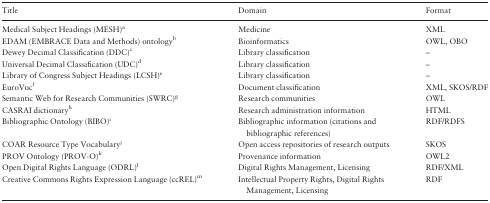
<table><thead><tr><td><b>Title</b></td><td><b>Domain</b></td><td><b>Format</b></td></tr></thead><tbody><tr><td>Medical Subject Headings (MESH)<sup>a</sup></td><td>Medicine</td><td>XML</td></tr><tr><td>EDAM (EMBRACE Data and Methods) ontology<sup>b</sup></td><td>Bioinformatics</td><td>OWL, OBO</td></tr><tr><td>Dewey Decimal Classification (DDC)<sup>c</sup></td><td>Library classification</td><td>–</td></tr><tr><td>Universal Decimal Classification (UDC)<sup>d</sup></td><td>Library classification</td><td>–</td></tr><tr><td>Library of Congress Subject Headings (LCSH)<sup>e</sup></td><td>Library classification</td><td>–</td></tr><tr><td>EuroVoc<sup>f</sup></td><td>Document classification</td><td>XML, SKOS/RDF</td></tr><tr><td>Semantic Web for Research Communities (SWRC)<sup>g</sup></td><td>Research communities</td><td>OWL</td></tr><tr><td>CASRAI dictionary<sup>h</sup></td><td>Research administration information</td><td>HTML</td></tr><tr><td>Bibliographic Ontology (BIBO)<sup>i</sup></td><td>Bibliographic information (citations and bibliographic references)</td><td>RDF/RDFS</td></tr><tr><td>COAR Resource Type Vocabulary<sup>j</sup></td><td>Open access repositories of research outputs</td><td>SKOS</td></tr><tr><td>PROV Ontology (PROV-O)<sup>k</sup></td><td>Provenance information</td><td>OWL2</td></tr><tr><td>Open Digital Rights Language (ODRL)<sup>l</sup></td><td>Digital Rights Management, Licensing</td><td>RDF/XML</td></tr><tr><td>Creative Commons Rights Expression Language (ccREL)<sup>m</sup></td><td>Intellectual Property Rights, Digital Rights Management, Licensing</td><td>RDF</td></tr></tbody></table>